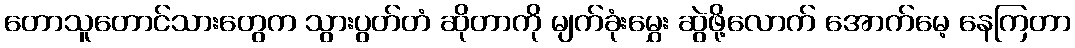
တောသူတောင်သားတွေက သွားပွတ်တံ ဆိုတာကို မျက်ခုံးမွှေး ဆွဲဖို့လောက် အောက်မေ့ နေကြတာ